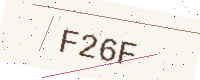
Text: F26F